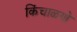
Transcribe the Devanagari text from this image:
किंचाळणे